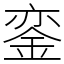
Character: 銮